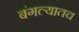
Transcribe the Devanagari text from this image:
बंगल्यातच